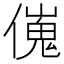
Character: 𠎺